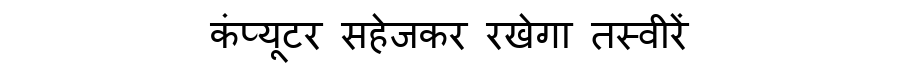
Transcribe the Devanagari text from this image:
कंप्यूटर सहेजकर रखेगा तस्वीरें